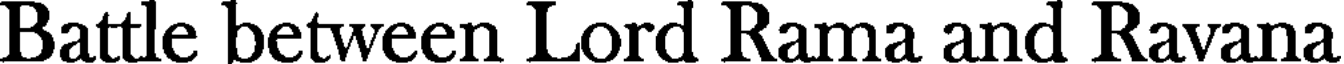
Battle between Lord Rama and Ravana